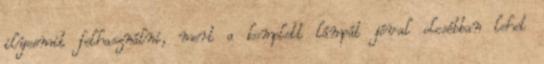
ilyesmit felhasználni, mert a komplett lámpát jóval olcsóbban lehet